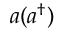
a ( a ^ { \dagger } )